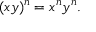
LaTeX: ( x y ) ^ { n } = x ^ { n } y ^ { n } .